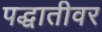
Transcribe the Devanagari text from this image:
पद्धातीवर